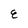
Character: E